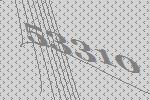
53310